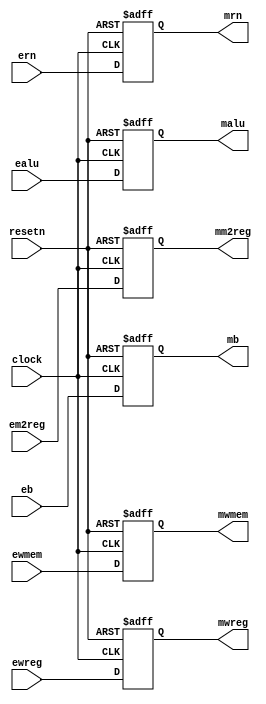
module pl_exemem (clock, resetn,
				  ewreg, em2reg, ewmem, ealu, eb, ern,  
				  mwreg, mm2reg, mwmem, malu, mb, mrn);
	input clock, resetn;
	input ewreg, em2reg, ewmem;
	input [31:0] ealu, eb;
	input [4:0] ern;

	output reg mwreg, mm2reg, mwmem;
	output reg [31:0] malu, mb;
	output reg [4:0] mrn;

	always @(posedge clock or negedge resetn)
	begin
		if (!resetn)
		begin
			mwreg <= 0;
			mm2reg <= 0;
			mwmem <= 0;
			malu <= 0;
			mb <= 0;
			mrn <= 0;
		end
		else 
		begin
			mwreg <= ewreg;
			mm2reg <= em2reg;
			mwmem <= ewmem;
			malu <= ealu;
			mb <= eb;
			mrn <= ern;
		end
		
	end
endmodule